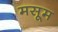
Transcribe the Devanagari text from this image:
मसूम